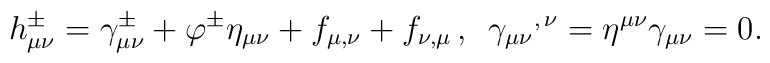
h_{\mu\nu}^\pm=\gamma_{\mu\nu}^\pm     +\varphi^\pm\eta_{\mu\nu}     +f_{\mu,\nu}+f_{\nu,\mu}\,,\,\,\,     {\gamma_{\mu\nu}}^{,\,\nu}     =\eta^{\mu\nu}\gamma_{\mu\nu}=0.